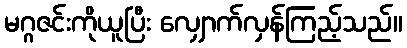
မဂ္ဂဇင်းကိုယူပြီး လျှောက်လှန်ကြည့်သည်။